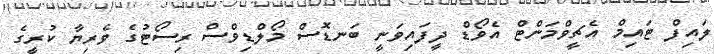
ލައިފް ޓައިމް އެޗީވްމަންޓް އެވޯޑް ދީފައިވަނީ ބަނޑޮސް މޯލްޑިވްސް ރިސޯޓުގެ ވެރިޔާ ކުރީގެ